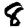
Digit: 8